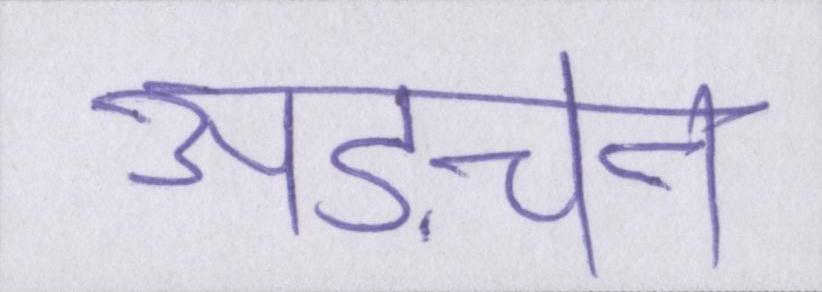
अड़चन